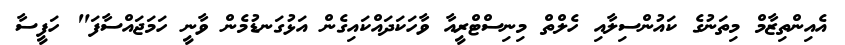
އެއިންތިޒާމް މިތަނުގެ ކައުންސިލާއި ހެލްތް މިނިސްޓްރީއާ ވާހަކަދައްކައިގެން އަޅުގަނޑުމެން ވާނީ ހަމަޖައްސާފަ" ހަފީސާ